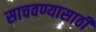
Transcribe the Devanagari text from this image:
साचवण्यासाठी